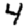
Digit: 4